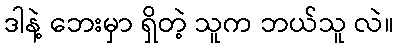
ဒါနဲ့ ဘေးမှာ ရှိတဲ့ သူက ဘယ်သူ လဲ။